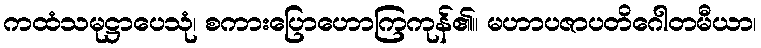
ကထံသမုဋ္ဌာပေသုံ၊ စကားပြောဟောကြကုန်၏။ မဟာပဇာပတိဂေါတမီယာ၊